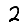
Digit: 2